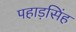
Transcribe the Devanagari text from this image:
पहाड़सिंह